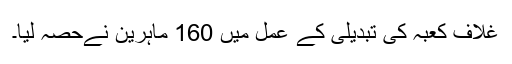
غلاف کعبہ کی تبدیلی کے عمل میں 160 ماہرین نےحصہ لیا۔